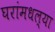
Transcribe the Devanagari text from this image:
घरांमधल्या